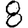
Digit: 8